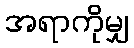
အရာကိုမျှ